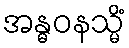
အန္ဓဝနသ္မိံ